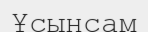
Ұсынсам